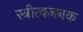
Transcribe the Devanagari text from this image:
स्त्रीत्वजनक